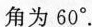
角为60°.